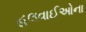
હલવાઈઓના